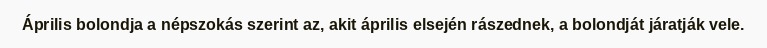
Április bolondja a népszokás szerint az, akit április elsején rászednek, a bolondját járatják vele.